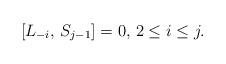
LaTeX: \begin{align*}[L_{-i}, \, S_{j-1}] = 0, \, 2 \leq i \leq j.\end{align*}